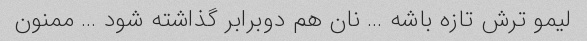
لیمو ترش تازه باشه … نان هم دوبرابر گذاشته شود … ممنون